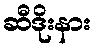
ဆီဒိုးနား